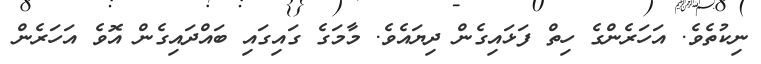
ނިކުތެވެ. އަހަރެންގެ ހިތް ފަޅައިގެން ދިޔައެވެ. މާމަގެ ގައިގައި ބައްދައިގެން އޮވެ އަހަރެން